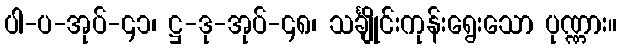
ပါ-ပ-အုပ်-၄၁၊ ဋ္ဌ-ဒု-အုပ်-၄၈၊ သင်္ချိုင်းကုန်းရွေးသော ပုဏ္ဏား။